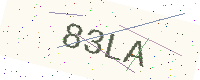
Text: 83LA